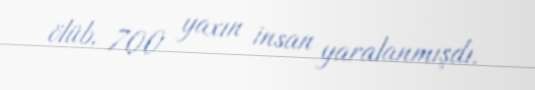
ölüb, 700 yaxın insan yaralanmışdı.